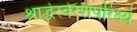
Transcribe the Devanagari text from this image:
श्राद्धेरवेरंशपरिक्ष्ये